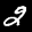
Label: 2